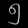
Digit: ၅